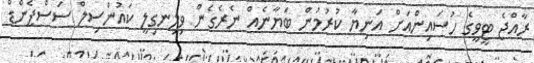
ރާއްޖެ ޓީވީގެ ހުސައިންއަށް އަނިޔާ ކުރުމުން ބަޔާނެއް ނެރެގެން ވިލިނގިލީ ކައުންސިލް ސަސްޕެންޑް